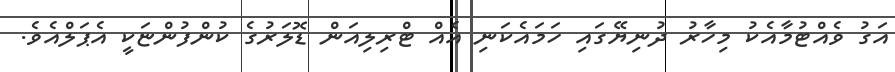
އަގު ވެއްޓުމާއެކު މިހާރު ދުނިޔޭގައި ހަމައެކަނި އެއް ޓްރިލިއަން ޑޮލަރުގެ ކުންފުންޏަކީ އެޕަލްއެވެ.